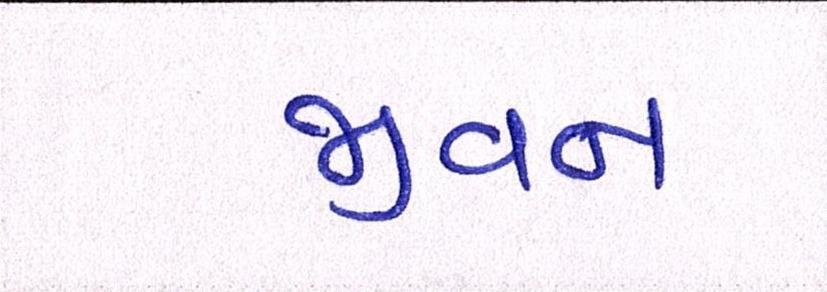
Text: જીવન